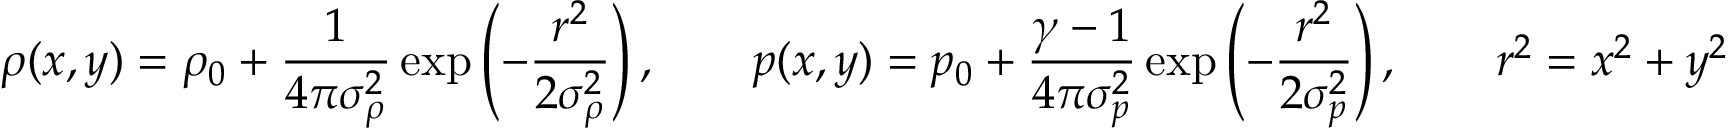
\rho ( x , y ) = \rho _ { 0 } + \frac { 1 } { 4 \pi \sigma _ { \rho } ^ { 2 } } \exp \left( - \frac { r ^ { 2 } } { 2 \sigma _ { \rho } ^ { 2 } } \right) , \qquad p ( x , y ) = p _ { 0 } + \frac { \gamma - 1 } { 4 \pi \sigma _ { p } ^ { 2 } } \exp \left( - \frac { r ^ { 2 } } { 2 \sigma _ { p } ^ { 2 } } \right) , \qquad r ^ { 2 } = x ^ { 2 } + y ^ { 2 }